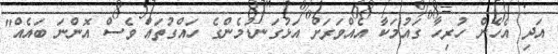
އަދި އެހެން ހުރިހާ ގައުމަކާ އެއްވަރަށް އަޅުގަނޑުމެންގެ ހައްގުތައް ވެސް އޮންނަ ބައެއް"